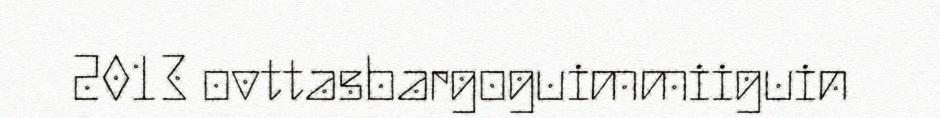
2013 ovttasbargoguimmiiguin